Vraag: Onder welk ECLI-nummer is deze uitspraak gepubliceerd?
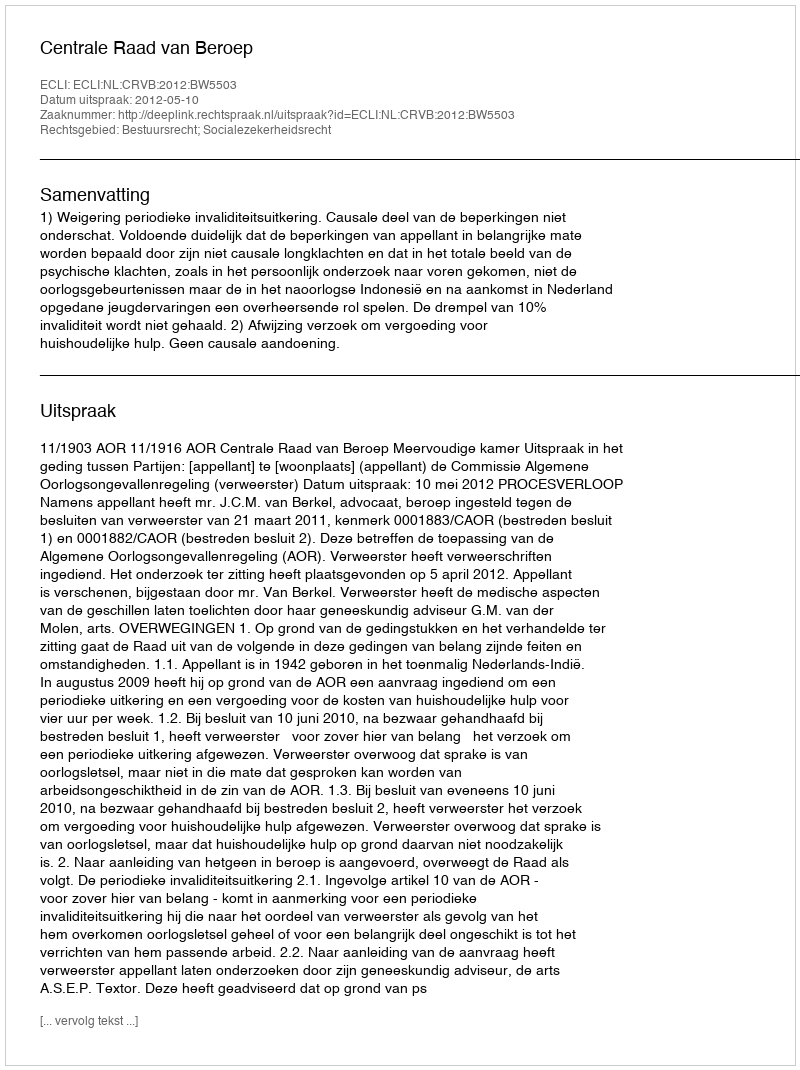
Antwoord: ECLI:NL:CRVB:2012:BW5503